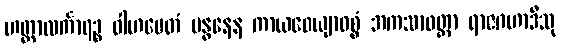
ဟတ္ထာလင်္ကာရဉ္စ ဝါဟမေတံ ဗန္ဓနေန ကာယဝေယျာဝစ္စံ အကသာဝတ္တာ ရာဇဂဟာဒီသု